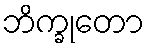
ဘိက္ခုတော